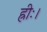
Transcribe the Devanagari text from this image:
ह्रीः।